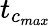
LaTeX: t_{c_{max}}